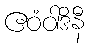
ဧဝံဝါဒိနီ